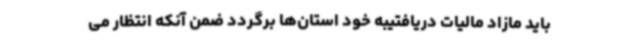
باید مازاد مالیات دریافتیبه خود استان‌ها برگردد ضمن آنکه انتظار می